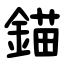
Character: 錨